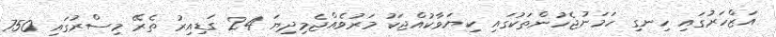
އަޒްހަރުގައި ހިނގި ހަމަނުޖެހުންތަކުގައި ކިޔަވާކުއްޖަކު މަރުވެއްޖެމިދިޔަ 24 ގަޑިއިރު ތެރޭ މިސްރުގައި 750